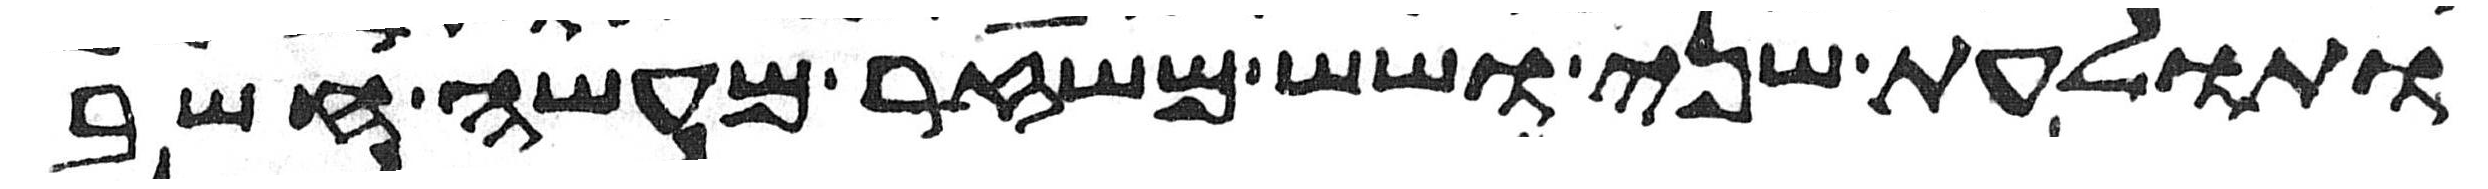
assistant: ותולעת שני ושש משזר מעשה חשב